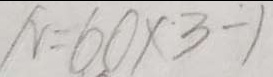
N = 6 0 \times 3 - 1